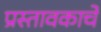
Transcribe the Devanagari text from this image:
प्रस्तावकाचे